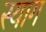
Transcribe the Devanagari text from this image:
स्याग